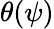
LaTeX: \theta(\psi)